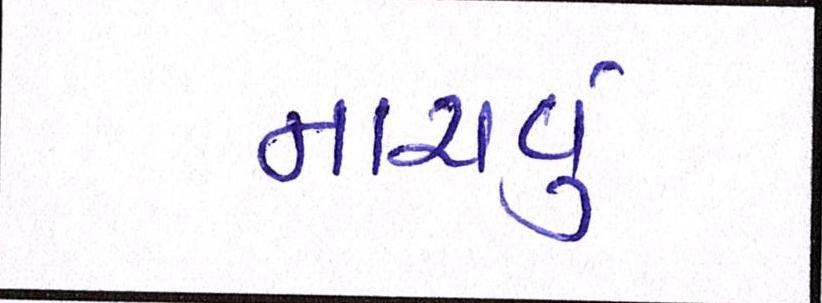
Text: નાચવું